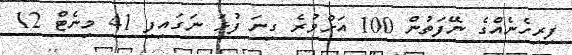
ފިރިހެނެއްގެ ނޭފަތުން 100 އަށްވުރެ ގިނަ ފުޅަ ނަގައިފި 41 މިނެޓް 12